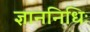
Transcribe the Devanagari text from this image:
ज्ञाननिधिः